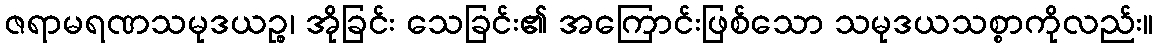
ဇရာမရဏသမုဒယဉ္စ၊ အိုခြင်း သေခြင်း၏ အကြောင်းဖြစ်သော သမုဒယသစ္စာကိုလည်း။